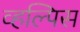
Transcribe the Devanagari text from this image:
व्हल्पिस